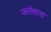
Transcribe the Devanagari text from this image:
फलेवास